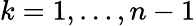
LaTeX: k=1,\ldots,n-1